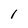
Character: I